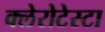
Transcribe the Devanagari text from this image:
क्लेरोटेस्टा